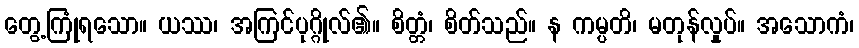
တွေ့ကြုံရသော။ ယဿ၊ အကြင်ပုဂ္ဂိုလ်၏။ စိတ္တံ၊ စိတ်သည်။ န ကမ္ပတိ၊ မတုန်လှုပ်။ အသောကံ၊